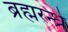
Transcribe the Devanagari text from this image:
ब्रह्मरन्ध्रे